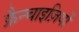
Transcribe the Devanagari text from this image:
फ्रैन्चाइज़ियों